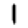
Digit: 1